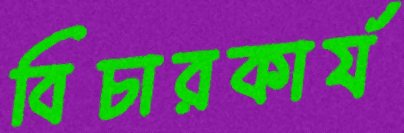
বিচারকার্য